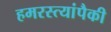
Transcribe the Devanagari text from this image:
हमरस्त्यांपैकी